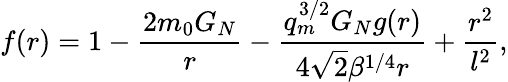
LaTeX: f(r)=1-\frac{2m_{0}G_{N}}{r}-\frac{q_{m}^{3/2}G_{N}g(r)}{4\sqrt{2}\beta^{1/4}r}+\frac{r^{2}}{l^{2}},